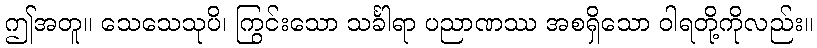
ဤအတူ။ သေသေသုပိ၊ ကြွင်းသော သင်္ခါရာ ပညာဏဿ အစရှိသော ဝါရတို့ကိုလည်း။